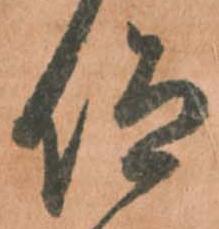
仰